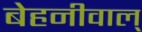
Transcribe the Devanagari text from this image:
बेहनीवाल्